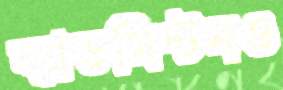
ব্যাডমিন্টনও